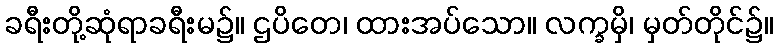
ခရီးတို့ဆုံရာခရီးမ၌။ ဌပိတေ၊ ထားအပ်သော။ လက္ခမှိ၊ မှတ်တိုင်၌။